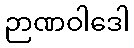
ဉာဏဝါဒေါ